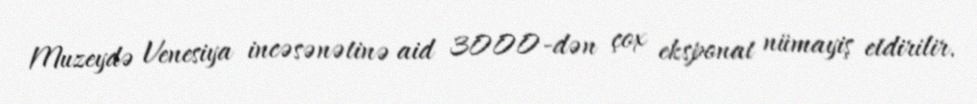
Muzeydə Venesiya incəsənətinə aid 3000-dən çox eksponat nümayiş etdirilir.